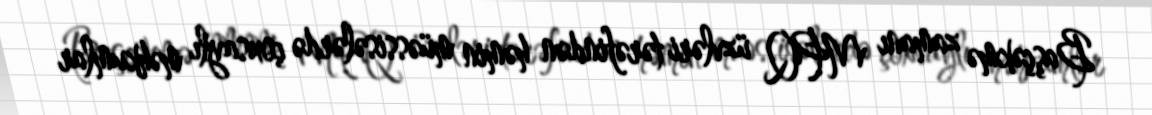
Başçəkmə zamanı MPQ üzvləri tərəfindən həmin müəssisələrdə çoxsaylı məhkumlar